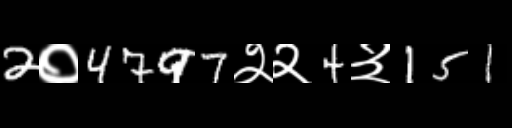
Text: 2०4797२२4३151